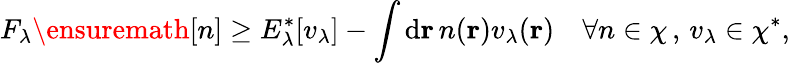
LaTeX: F_{\lambda}\ensuremath{[n]}\geq E_{\lambda}^{\ast}[v_{\lambda}]-\int\mathrm{d}\mathbf{r}\, n(\mathbf{r})v_{\lambda}(\mathbf{r})\quad\forall n\in\chi\, ,\, v_{\lambda}\in\chi^{\ast},